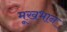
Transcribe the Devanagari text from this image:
मूखभान